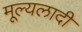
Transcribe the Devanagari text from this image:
मूल्यलादी